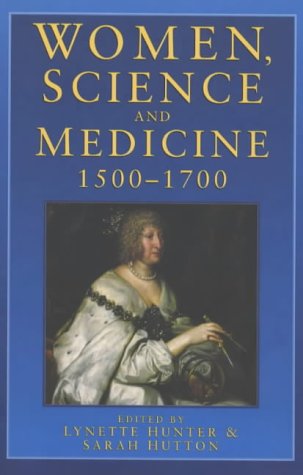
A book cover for Women, Science and Medicine 1500-1700; Lynette Hunter; Politics & Social Sciences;